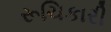
રૂચિકારી